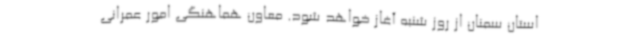
استان سمنان از روز شنبه آغاز خواهد شود. معاون هماهنگی امور عمرانی